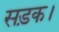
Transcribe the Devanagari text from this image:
सड़क।